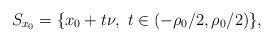
\begin{align*}S_{x_0}=\{x_0+t\nu,\ t\in(-\rho_0/2,\rho_0/2)\},\end{align*}